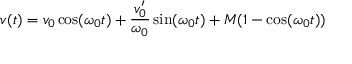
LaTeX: v ( t ) = v _ { 0 } \cos ( \omega _ { 0 } t ) + { \frac { v _ { 0 } ^ { \prime } } { \omega _ { 0 } } } \sin ( \omega _ { 0 } t ) + M ( 1 - \cos ( \omega _ { 0 } t ) )